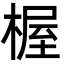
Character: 楃